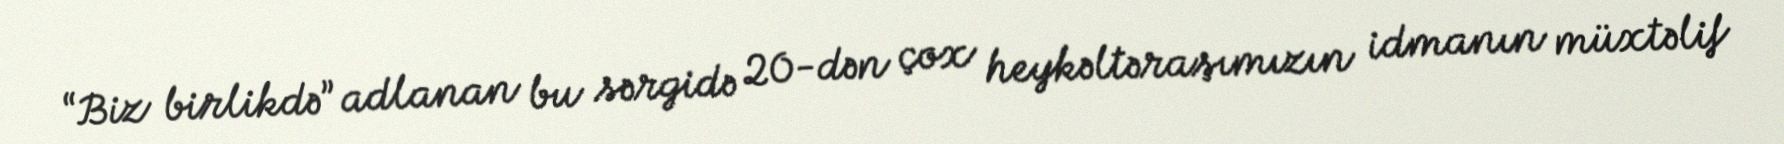
“Biz birlikdə” adlanan bu sərgidə 20-dən çox heykəltəraşımızın idmanın müxtəlif